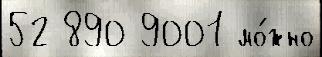
52 890 9001 мо́жно